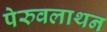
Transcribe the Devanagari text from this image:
पेरुवलाथन